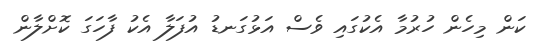
ކަން މިހެން ހުރުމާ އެކުގައި ވެސް އަޅުގަނޑު އުފަލާ އެކު ފާހަގަ ކޮށްލާން